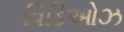
વિડિઓઝ